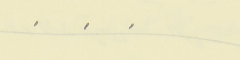
.    .    .